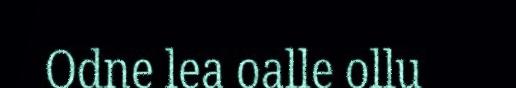
Odne lea oalle ollu